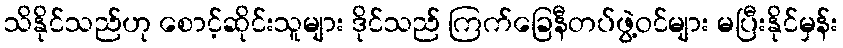
သိနိုင်သည်ဟု စောင့်ဆိုင်းသူများ ဒိုင်သည် ကြက်ခြေနီတပ်ဖွဲ့ဝင်များ မပြီးနိုင်မှန်း